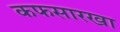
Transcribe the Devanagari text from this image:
कफसारखा